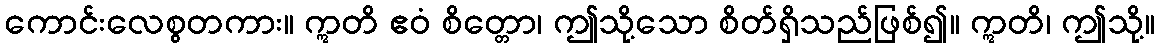
ကောင်းလေစွတကား။ ဣတိ ဧဝံ စိတ္တော၊ ဤသို့သော စိတ်ရှိသည်ဖြစ်၍။ ဣတိ၊ ဤသို့။